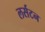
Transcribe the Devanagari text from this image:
लर्सटन